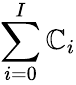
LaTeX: \sum_{i=0}^{I}\mathbb{C}_{i}